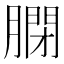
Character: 𦟼